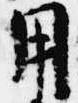
用